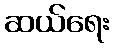
ဆယ်ရေး